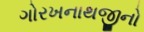
ગોરખનાથજીનો